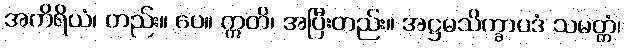
အကိရိယံ၊ တည်း။ ပေ။ ဣတိ၊ အပြီးတည်း။ အဋ္ဌမသိက္ခာပဒံ သမတ္တံ၊